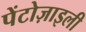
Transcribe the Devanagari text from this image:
पेंटोज़ाइली